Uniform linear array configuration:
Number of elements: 64
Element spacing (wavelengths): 1
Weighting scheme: hann
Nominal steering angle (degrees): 45
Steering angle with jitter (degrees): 43.559
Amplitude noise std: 0.05
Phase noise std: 0.05

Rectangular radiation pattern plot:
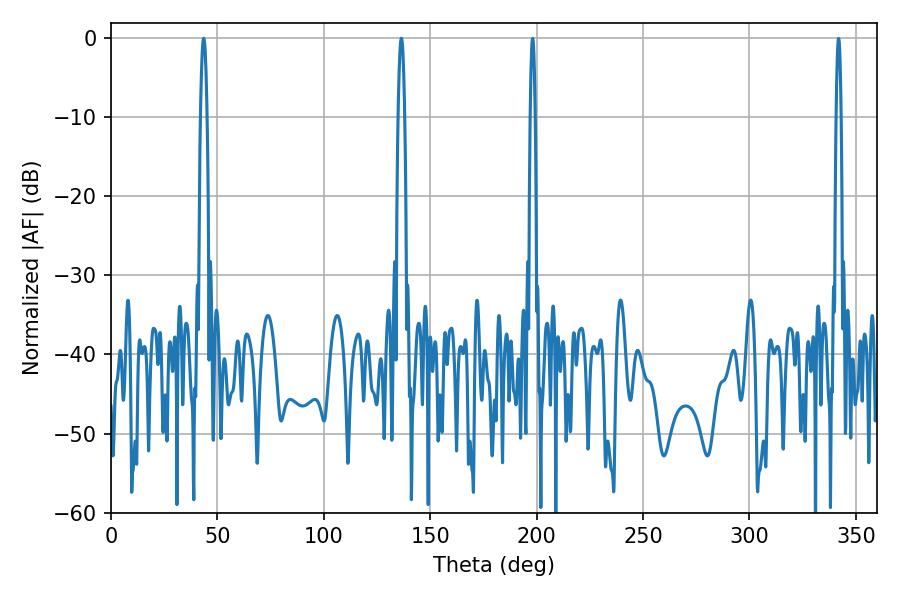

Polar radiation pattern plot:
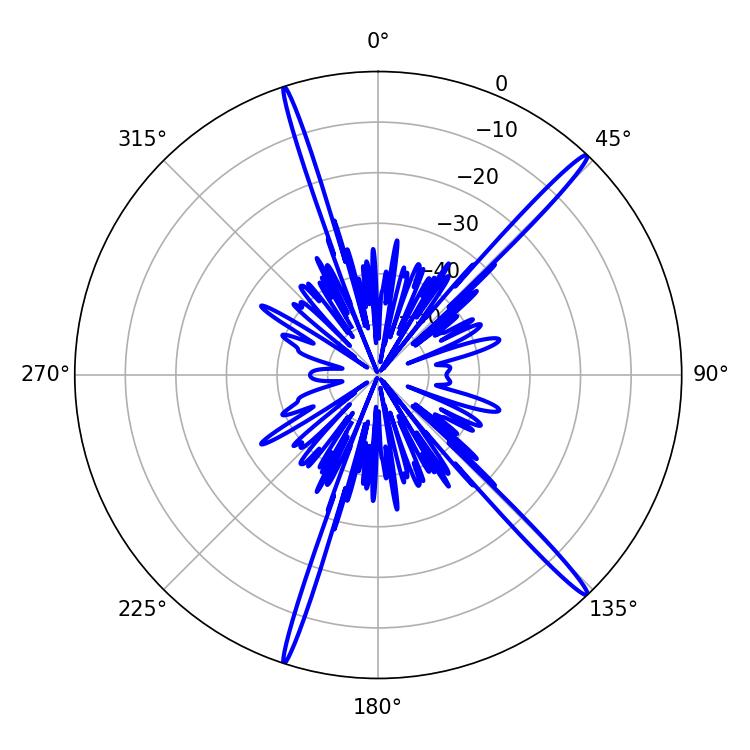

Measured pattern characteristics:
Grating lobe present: TRUE
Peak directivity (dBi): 18.275
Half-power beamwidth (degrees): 1.8
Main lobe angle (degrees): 43.56